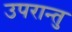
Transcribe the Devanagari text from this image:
उपरान्तु